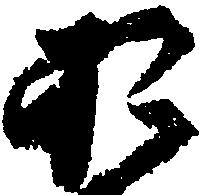
お